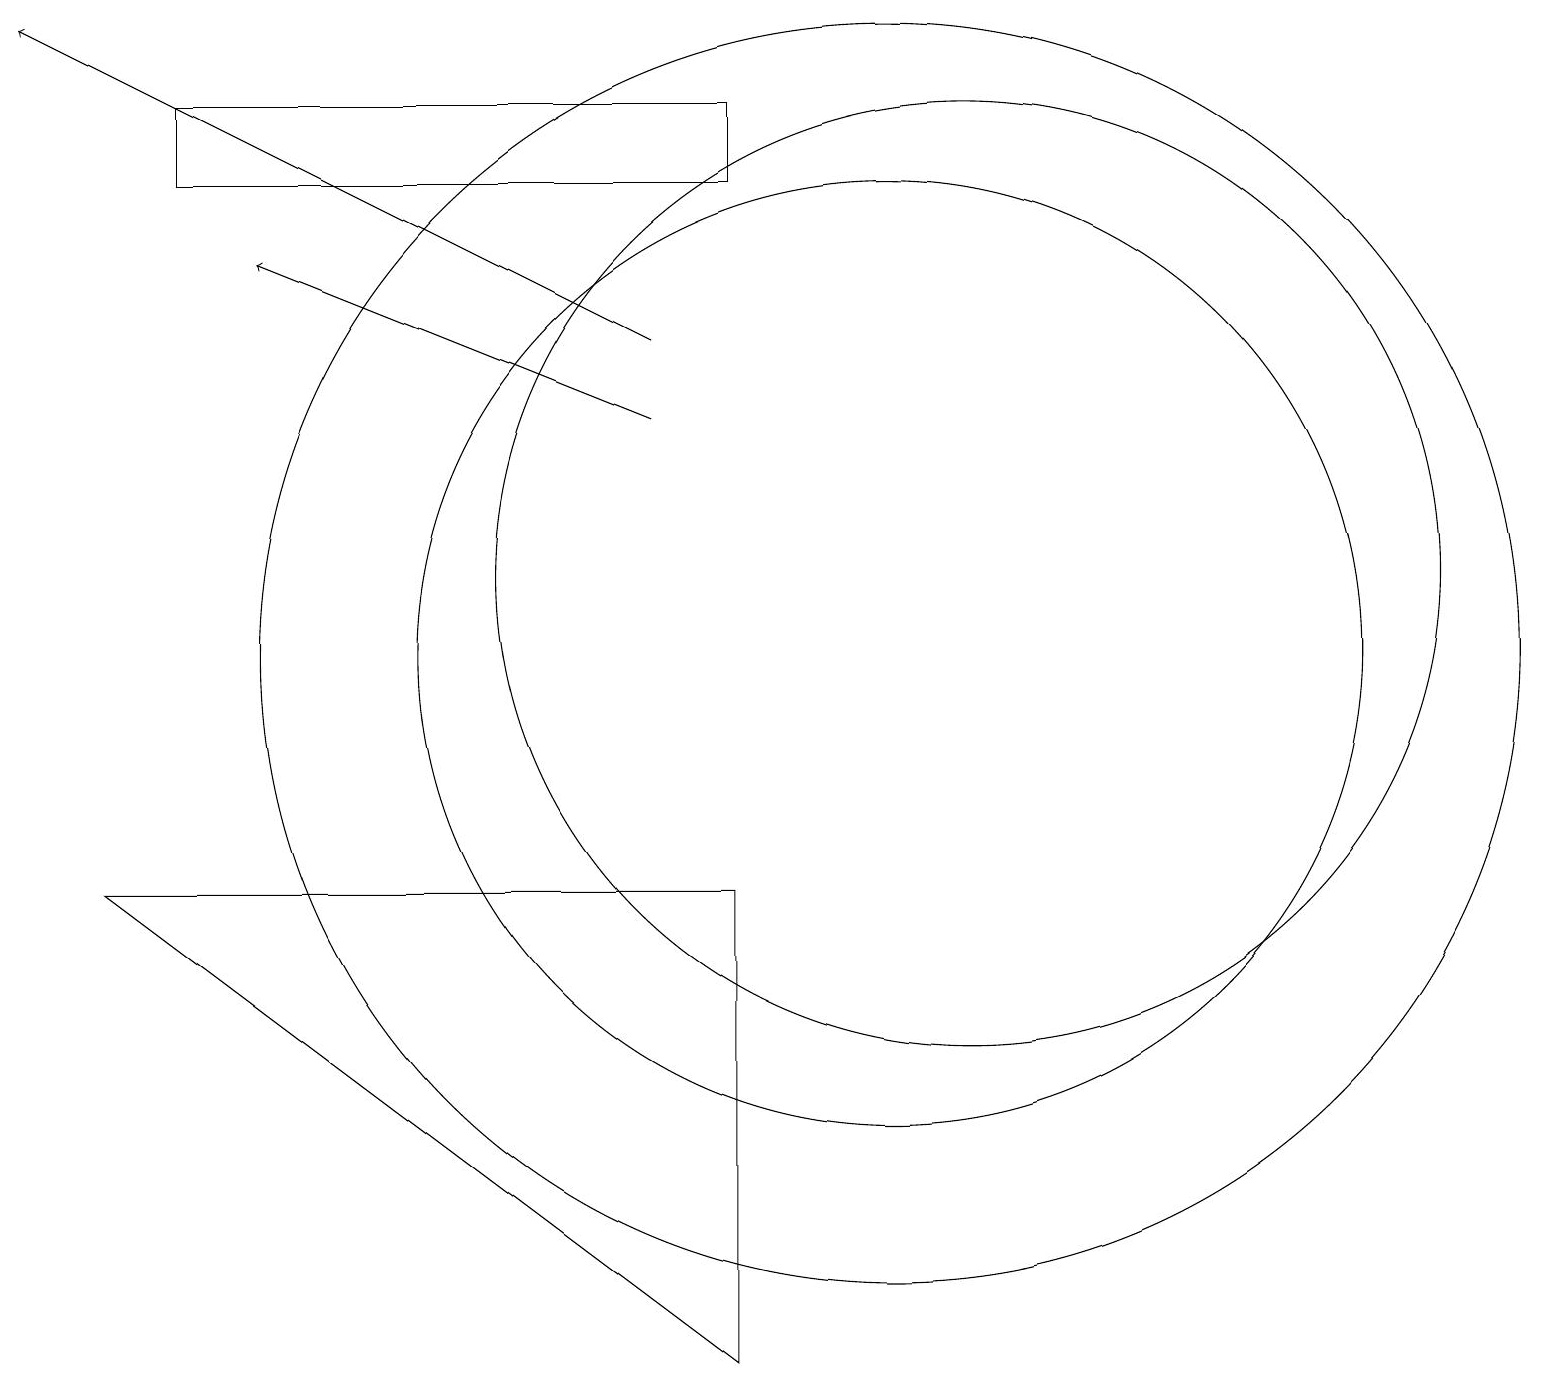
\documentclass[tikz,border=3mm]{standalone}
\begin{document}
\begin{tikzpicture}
\draw (9,17) rectangle (2,16);
\draw (11,10) circle (6);
\draw[->] (8,14) -- (0,18);
\draw (12,11) circle (6);
\draw (11,10) circle (8);
\draw (1,7) -- (9,1) -- (9,7) -- cycle;
\draw[->] (8,13) -- (3,15);
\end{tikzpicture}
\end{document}